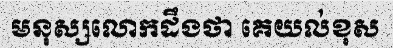
មនុស្សលោកដឹងថា គេយល់ខុស